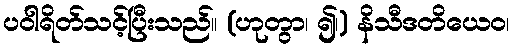
ပဝါရိတ်သင့်ပြီးသည်။ (ဟုတွာ၊ ၍၊) နိသီဒတိယေဝ၊